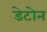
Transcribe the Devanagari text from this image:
डेटोन